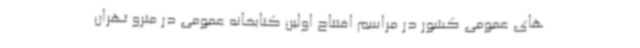
های عمومی کشور در مراسم افتتاح اولین کتابخانه عمومی در مترو تهران